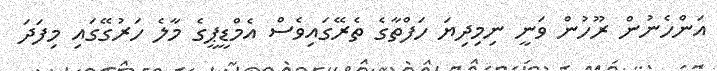
އަންހެނުން ރޫހުން ވަނީ ނިމިދިޔަ ހަފްތާގެ ތެރޭގައިވެސް އެމްޑީޕީގެ މާލެ ހަރުގޭގައި މިފަދަ